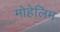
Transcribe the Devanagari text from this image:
मोहेलिम